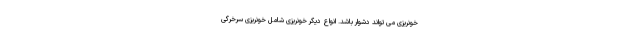
خونریزی می تواند دشوار باشد. انواع دیگر خونریزی شامل خونریزی سرخرگی